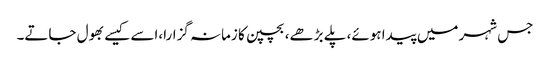
جس شہر میں پیدا ہوئے، پلے بڑھے، بچپن کا زمانہ گزارا،اسے کیسے بھول جاتے۔